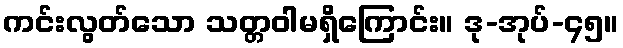
ကင်းလွတ်သော သတ္တဝါမရှိကြောင်း။ ဒု-အုပ်-၄၅။